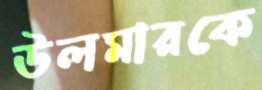
উলমারকে